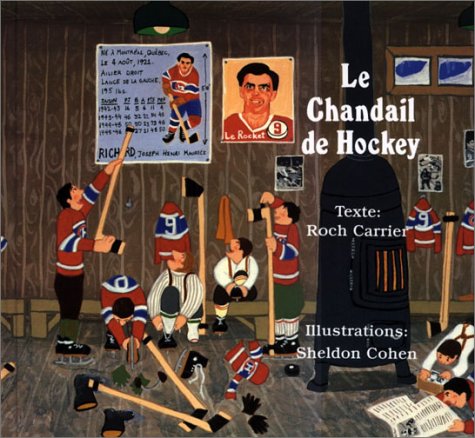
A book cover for Le Chandail de Hockey (French Edition); Roch Carrier; Children's Books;